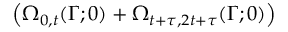
\left( \Omega _ { 0 , t } ( \Gamma ; 0 ) + \Omega _ { t + \tau , 2 t + \tau } ( \Gamma ; 0 ) \right)